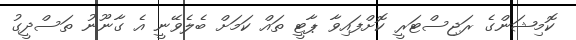
ކޮމިޝަންގެ ރަޖިސްޓަރީ ކޮށްފައިވާ ޕާޓީ ތައް ކަމަށް ބެލެވޭނީ އެ ގާނޫނު ތަސްދީގު